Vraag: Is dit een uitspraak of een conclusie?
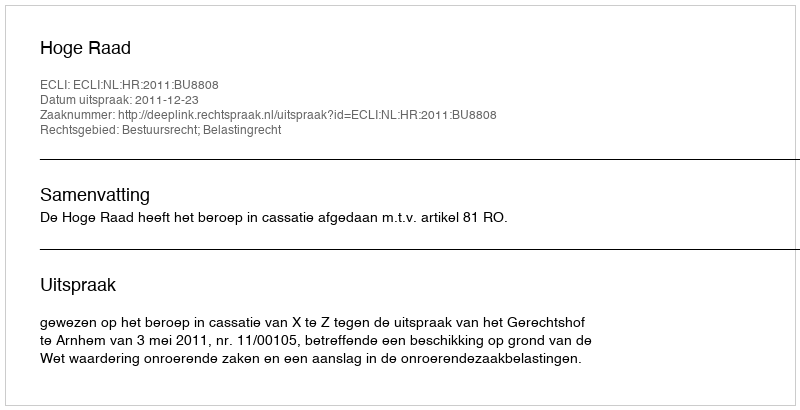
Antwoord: Uitspraak